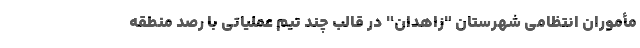
مأموران انتظامی شهرستان "زاهدان" در قالب چند تیم عملیاتی با رصد منطقه